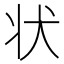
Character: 状